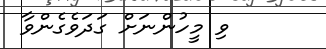
ވި މީހުންނަށް ގަދަވެގެންވާ